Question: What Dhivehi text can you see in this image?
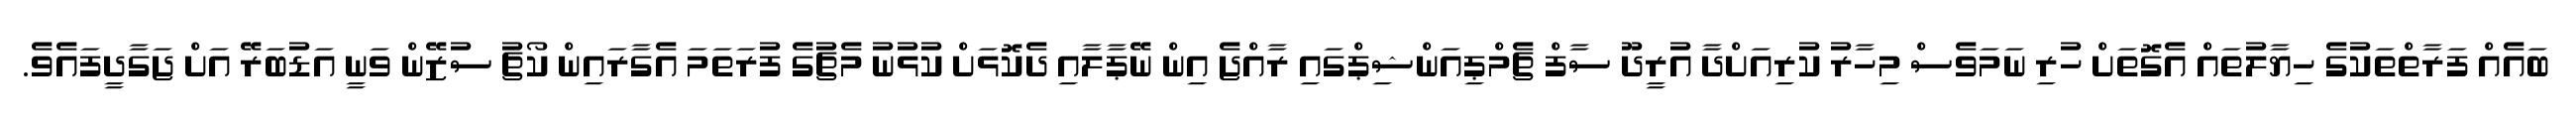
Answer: ބައެއް ފަރާތްތަކުގެ ހިޔާލުތައް އެގޮތަށް ހުރި ނަމަވެސް މިހާރު ކުރިއަށްދާ އުރީދޫ ސާފް ޗެމްޕިއަންޝިޕްގައި ރާއްޖެ އިން ނޭޕާލާއި ދެކޮޅަށް ކުޅުނު މެޗުގެ ފުރަތަމަ އެގާރައިން ކޯޗު ސުޒޭން ވަނީ އަޑުބަރޭ އަށް ޖަގާދީފައެވެ.